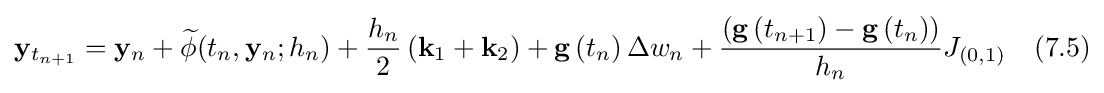
\mathbf {y} _{t_{n+1}}=\mathbf {y} _{n}+{\widetilde {\mathbf {\phi } }}(t_{n},\mathbf {y} _{n};h_{n})+{\frac {h_{n}}{2}}\left(\mathbf {k} _{1}+\mathbf {k} _{2}\right)+\mathbf {g} \left(t_{n}\right)\Delta w_{n}+{\frac {\left(\mathbf {g} \left(t_{n+1}\right)-\mathbf {g} \left(t_{n}\right)\right)}{h_{n}}}J_{\left(0,1\right)}\quad (7.5)